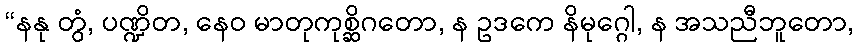
“နနု တွံ, ပဏ္ဍိတ, နေဝ မာတုကုစ္ဆိဂတော, န ဥဒကေ နိမုဂ္ဂေါ, န အသညီဘူတော,